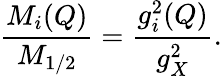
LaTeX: \frac{M_{i}(Q)}{M_{1/2}}=\frac{g_{i}^{2}(Q)}{g_{X}^{2}}.